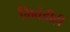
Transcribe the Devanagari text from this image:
भिवंडीही